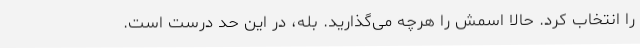
را انتخاب کرد. حالا اسمش را هرچه می‌گذارید. بله، در این حد درست است.